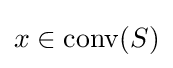
x\in \operatorname {conv} (S)